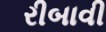
રીબાવી